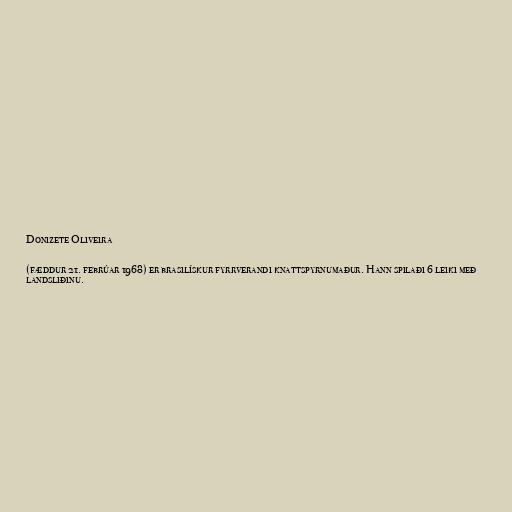
Donizete Oliveira

(fæddur 21. febrúar 1968) er brasilískur fyrrverandi knattspyrnumaður. Hann spilaði 6 leiki með
landsliðinu.